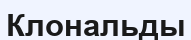
Клональды